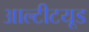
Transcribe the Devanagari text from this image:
आल्टीटयूड